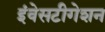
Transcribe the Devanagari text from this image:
इंवेसटीगेशन